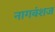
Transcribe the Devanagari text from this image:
नागवंशज